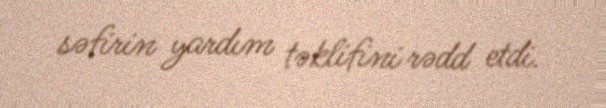
səfirin yardım təklifini rədd etdi.